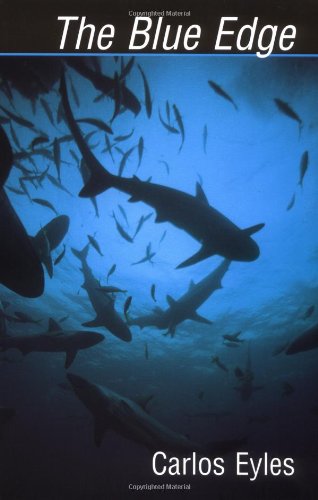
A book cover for The Blue Edge; Carlos Eyles; Sports & Outdoors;